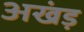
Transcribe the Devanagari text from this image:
अखंड़